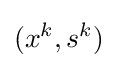
(x^{k},s^{k})